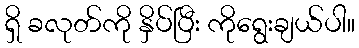
ရှိ ခလုတ်ကို နှိပ်ပြီး ကိုရွေးချယ်ပါ။